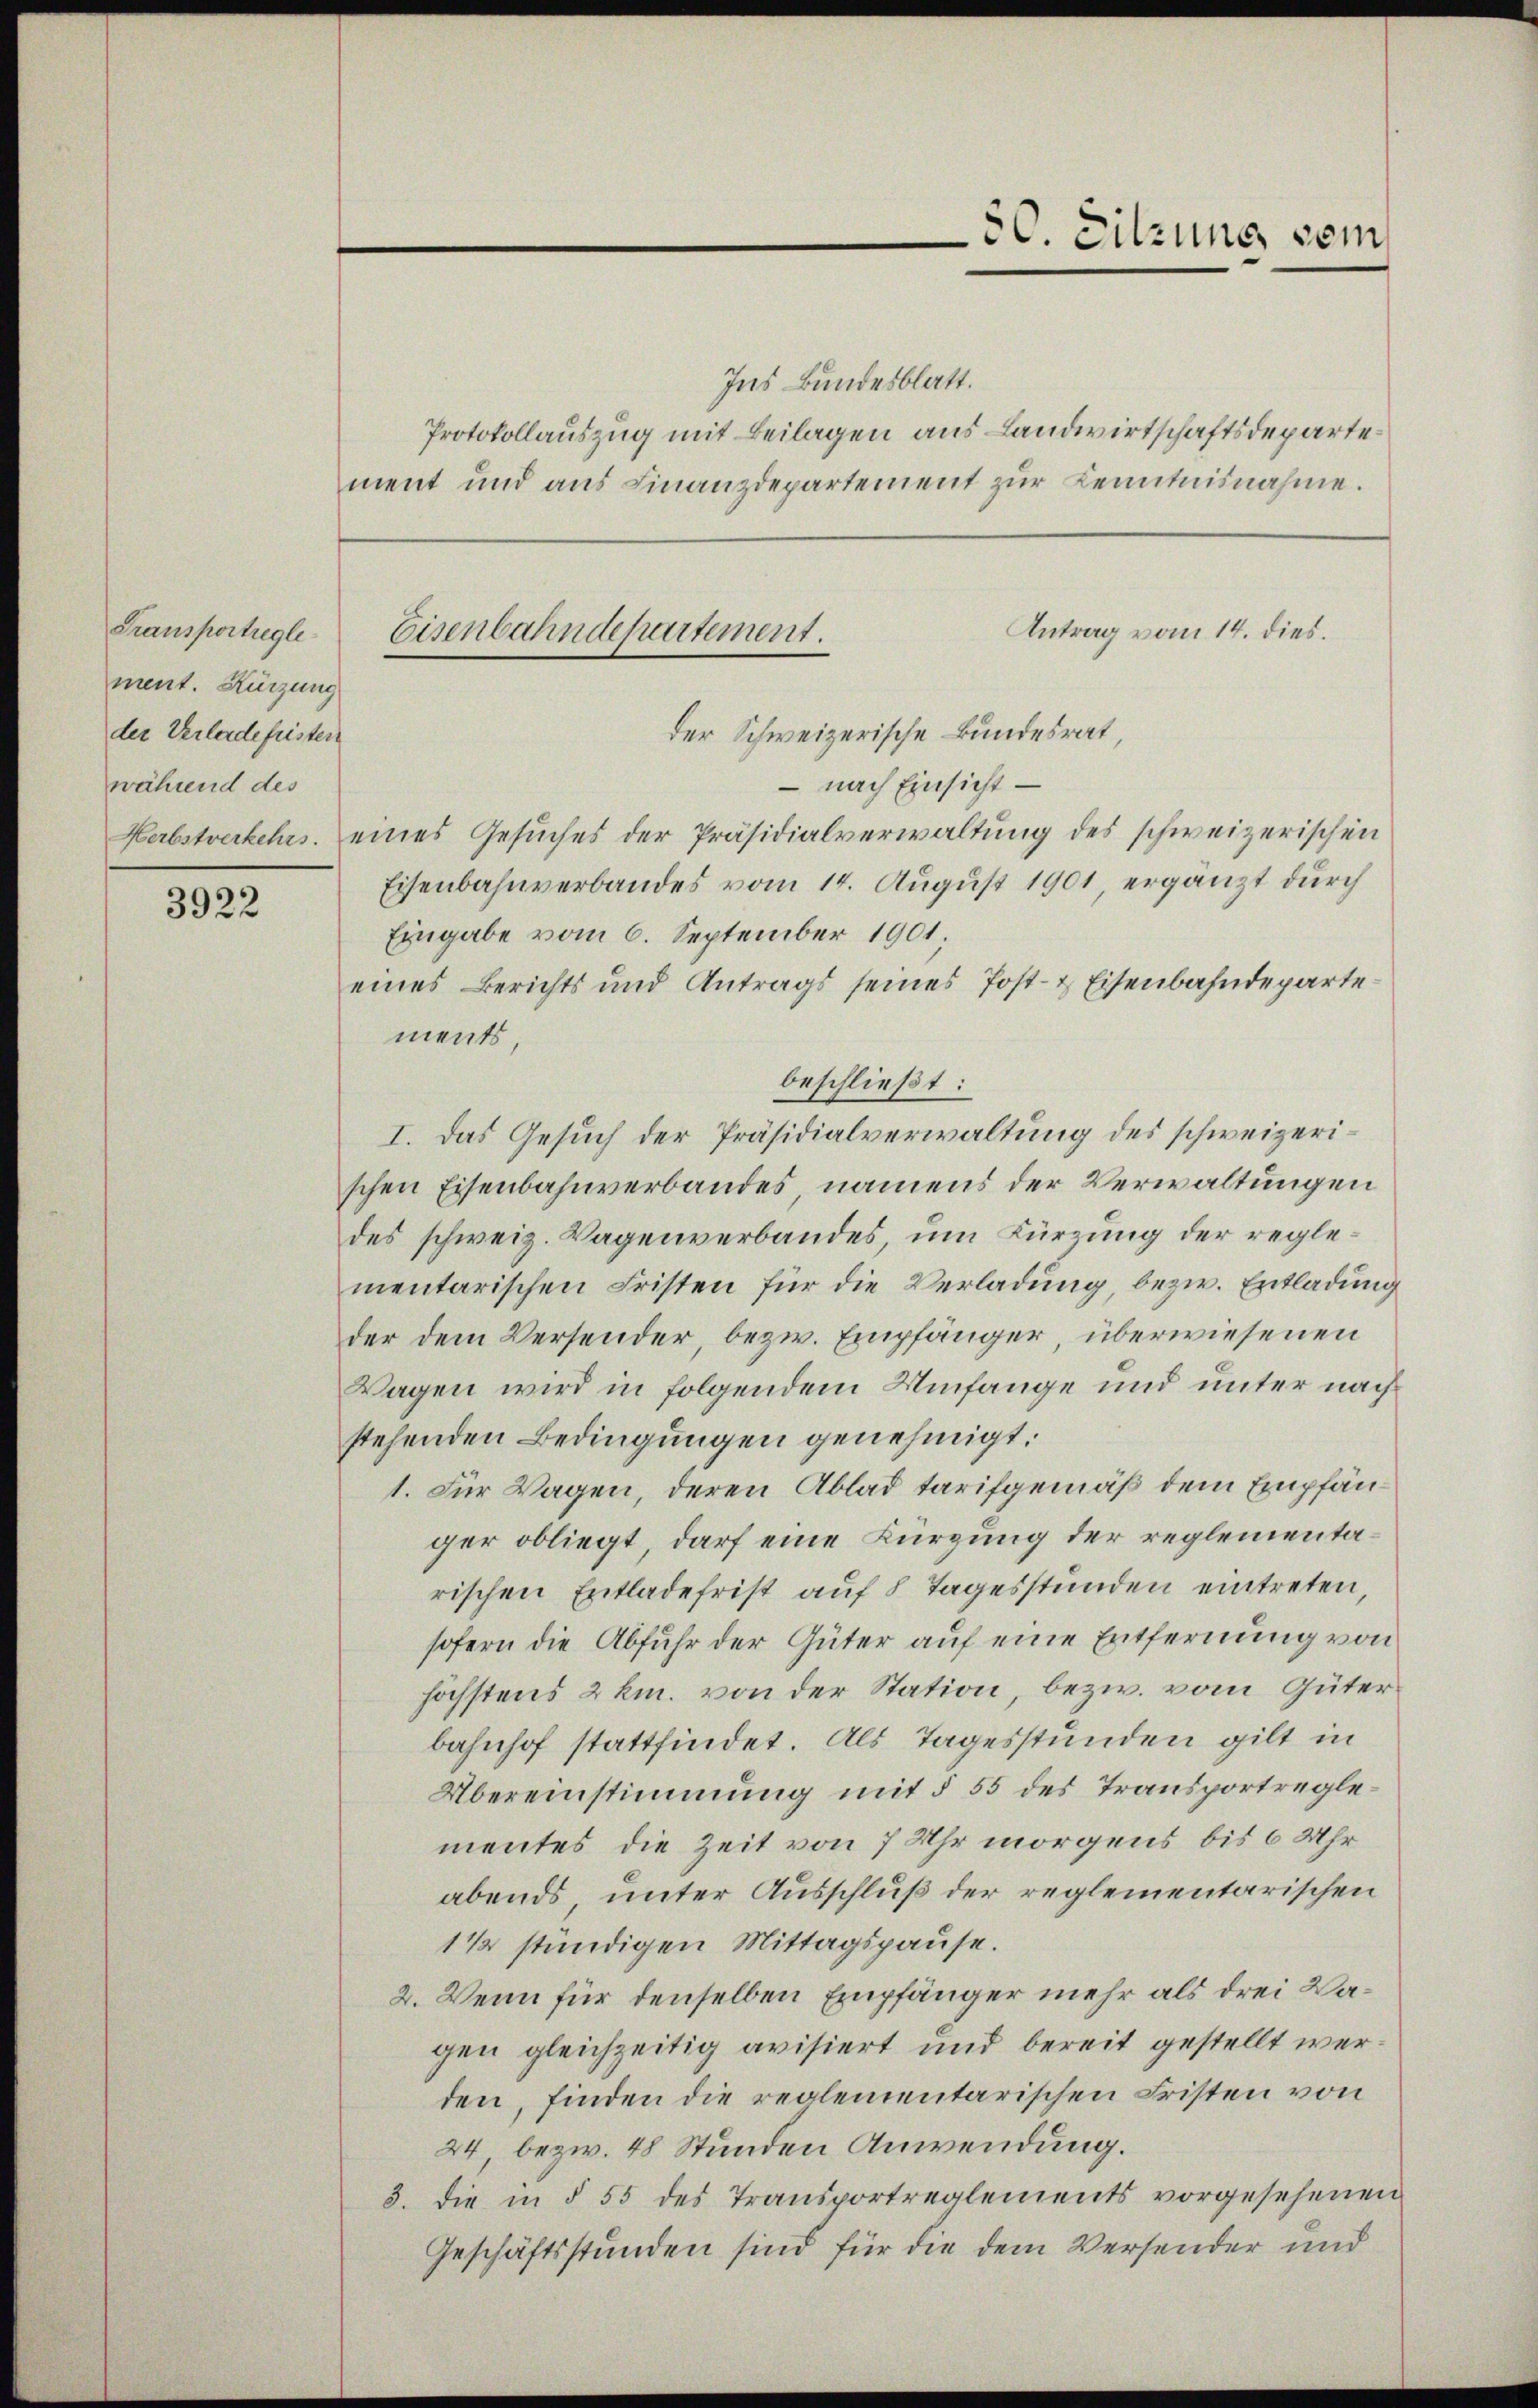
Transportregle
ment. Kürzung
der Verlade fristen
während des

3922

Ins Bundesblatt.
Protokollauszug mit Beilagen aus Landwirtschaftsdepartement und ans Finanzdepartement zŭr Kenntnisnahme.

80. Sitzung vom

Eisenbahndepartement.
der Schweizerische Bundesrat,

– nach Einsicht
Herbstverkehrs eines Gesuches der Präsidialverwaltung des schweizerischen
Eisenbahnverbandes vom 14. August 1901, ergänzt durch
Eingabe vom 6. September 1901,
eines Berichts und Antrags seines Post- & Eisenbahndepartements,
beschließt:
I. Das Gesuch der Präsidialverwaltung des schweizerischen Eisenbahnverbandes namens der Verwaltungen
des schweiz. Wagenverbandes, um Kürzung der reglementarischen Fristen für die Verladung, bezw. Entladung
der dem Versender, bezw. Empfänger, überwiesenen
Wagen wird in folgendem Umfange und unter nachstehenden Bedingungen genehmigt.
1. Für Wagen, deren Ablad tarifgemäß dem Empfänger obliegt, darf eine Kürzung der reglementarischen Entladefrist auf 8 Tagesstunden eintreten,
sofern die Abfuhr der Güter auf eine Entfernung von
höchstens 2 km. von der Station, bezw. vom Güterbahnhof stattfindet. Als Tagesstunden gilt in
Übereinstimmung mit § 55 des Transportreglementes die Zeit von 7 Uhr morgens bis 6 Uhr
abends, unter Ausschluß der reglementarischen
1½ stündigen Mittagspause.
2. Wenn für denselben Empfänger mehr als drei Wagen gleichzeitig avisiert und bereit gestellt werden, finden die reglementarischen Fristen von
24, bezw. 48 Stunden Anwendung.
3. die in § 55 des Transportreglements vorgesehenen
Geschäftsstunden sind für die dem Versender und

Antrag vom 14. dies.